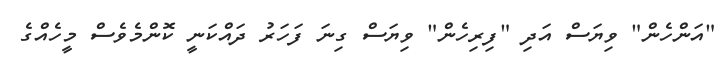
"އަންހެން" ވިޔަސް އަދި "ފިރިހެން" ވިޔަސް ގިނަ ފަހަރު ދައްކަނީ ކޮންމެވެސް މީހެއްގެ